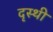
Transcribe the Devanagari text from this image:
दृस्थी